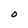
Character: O